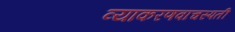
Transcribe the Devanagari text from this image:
व्याकरणवाचस्पती